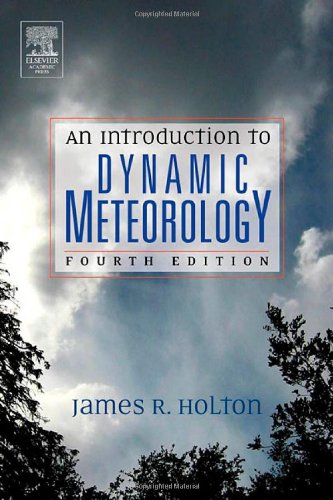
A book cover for An Introduction to Dynamic Meteorology, Volume 88, Fourth Edition (International Geophysics); James R. Holton; Science & Math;